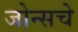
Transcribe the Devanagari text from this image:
जोन्सचे